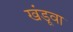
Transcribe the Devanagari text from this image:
खंडूवा